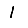
Digit: 1